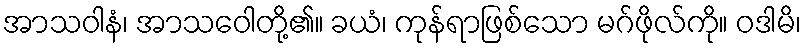
အာသဝါနံ၊ အာသဝေါတို့၏။ ခယံ၊ ကုန်ရာဖြစ်သော မဂ်ဖိုလ်ကို။ ဝဒါမိ၊